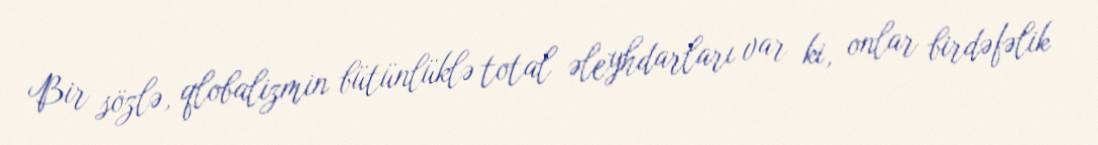
Bir sözlə, qlobalizmin bütünlüklə total əleyhdarları var ki, onlar birdəfəlik